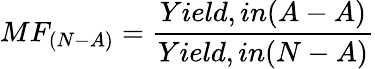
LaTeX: MF_{(N-A)}=\frac{Yield,in(A-A)}{Yield,in(N-A)}